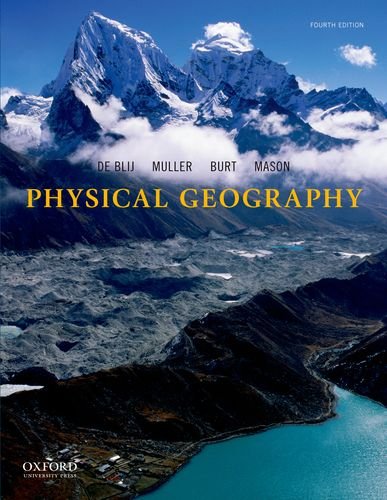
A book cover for Physical Geography: The Global Environment; H. J. de Blij; Science & Math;